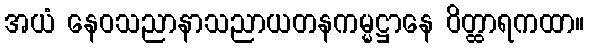
အယံ နေဝသညာနာသညာယတနကမ္မဋ္ဌာနေ ဝိတ္ထာရကထာ။